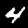
Digit: 4